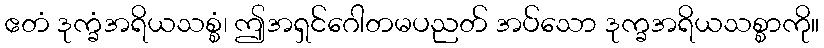
ဧတံ ဒုက္ခံအရိယသစ္စံ၊ ဤအရှင်ဂေါတမပညတ် အပ်သော ဒုက္ခအရိယသစ္စာကို။